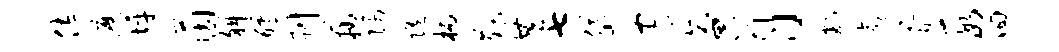
佐縻坪茵斜醵刷藕隅随柄散共七岱守啻月割愈胥段回